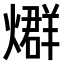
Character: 𤐆